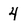
Character: 4